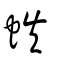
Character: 蛈